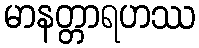
မာနတ္တာရဟဿ